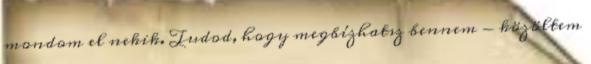
mondom el nekik. Tudod, hogy megbízhatsz bennem - közöltem